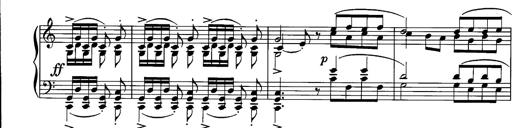
Title: La romanesca
Composer: Franz Liszt